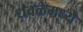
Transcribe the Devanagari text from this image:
धवळेमध्ये